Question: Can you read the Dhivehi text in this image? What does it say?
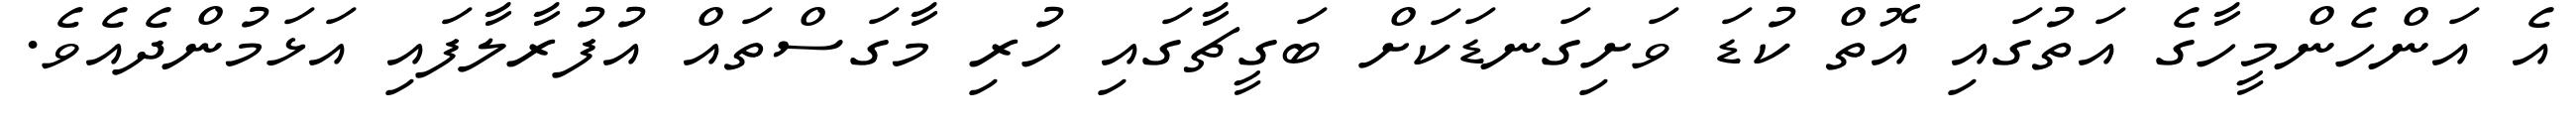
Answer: އެ އަންހެންމީހާގެ އަތުގައި އޮތް ކުޑަ ވަށިގަނޑަކަށް ބަގީޗާގައި ހުރި މާގަސްތައް އުފުރާލާފައި އަޅަމުންދެއެވެ.